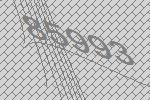
85993